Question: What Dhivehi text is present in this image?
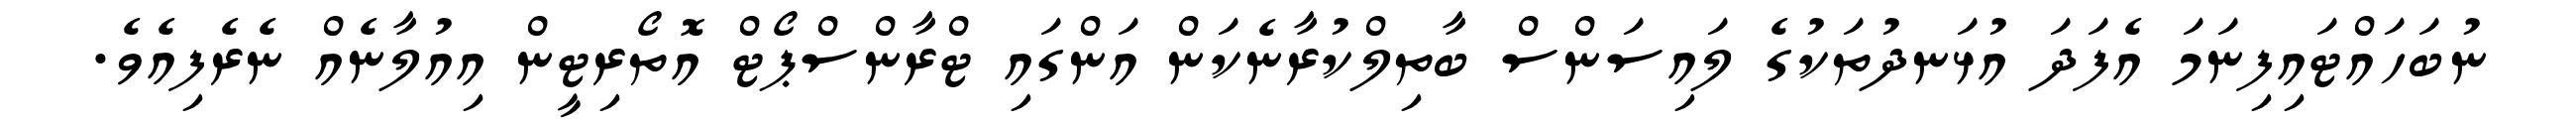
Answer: ނުބަހައްޓައިފިނަމަ އެފަދަ އުޅަނދުތަކުގެ ލައިސަންސް ބާތިލްކުރާނެކަން އަންގައި ޓްރާންސްޕޯޓް އޮތޯރިޓީން އިއުލާނެއް ނެރެފިއެވެ.